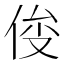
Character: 𰂍